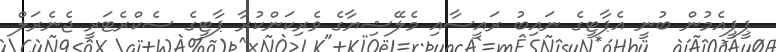
ޕީޕީއެމުން ބުނީ އެޕާޓީގެ ނައިބު ރައީސާއި މެލޭޝިޔާގެ ވެރިކަންކުރާ ޕާޓީގެ ސެކްރެޓަރީ ޖެނެރަލް